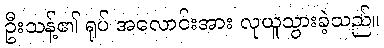
ဦးသန့်၏ ရုပ် အလောင်းအား လုယူသွားခဲ့သည်။